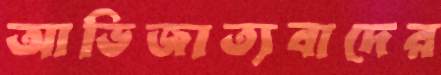
আভিজাত্যবাদের